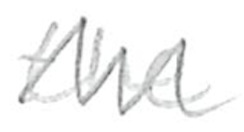
Text: the
Cross-out: zig-zag
Writing tool: pencil